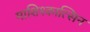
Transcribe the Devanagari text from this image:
माशिश्कात्सिन